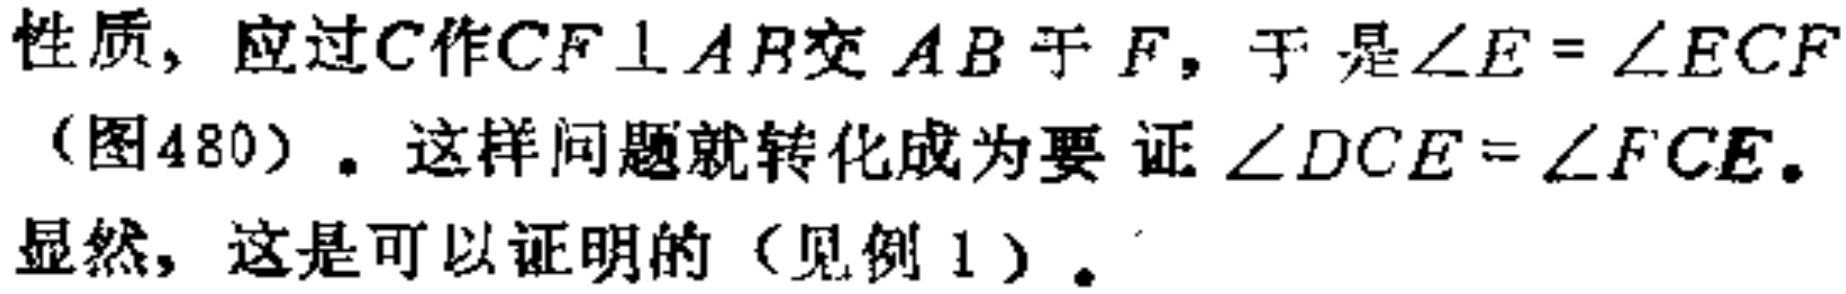
性质, 应过\(C\)作\(CF \perp AB\)交 \(AB\)于 \(F\), 于是\(\angle E=\angle ECF\)（图480）. 这样问题就转化成为要证\(\angle DCE = \angle FCE\). 显然, 这是可以证明的（见例1）.